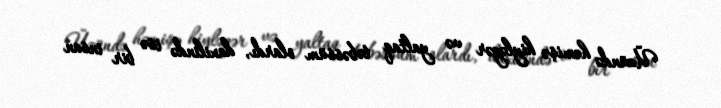
Üzündə həmişə hiyləgər və yaltaq təbəssüm olardı, daxilində isə bir insan